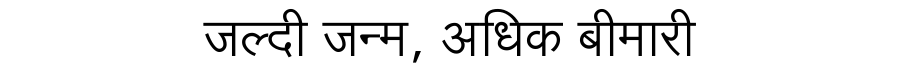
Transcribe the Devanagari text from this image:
जल्दी जन्म, अधिक बीमारी